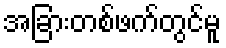
အခြားတစ်ဖက်တွင်မူ